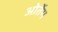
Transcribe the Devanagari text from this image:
ओर्तेग